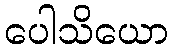
ပေါသိယော